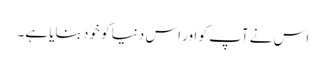
اس نے آپ کو اور اس دنیا کو خود بنایا ہے۔